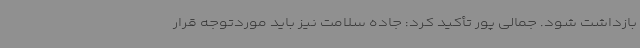
بازداشت شود. جمالی پور تأکید کرد: جاده سلامت نیز باید موردتوجه قرار